system: You are a helpful assistant.
user:
Analyze the provided spectrum to determine if it is a **S-type Star**.

- **Key Indicators for S-type Star:**

    - **(Overall Spectrum Shape):** The first and most obvious characteristic is the overall continuum (the "baseline" shape). It is **extremely "red-sloping,"** meaning the flux (light intensity) is very low on the left side (blue, ~4000-4500 Å) and rises steeply and continuously toward the right side (red, ~7000 Å+).

    - **(Primary):** The spectrum is defined by the presence of strong, broad molecular absorption "valleys" (bands) from **Zirconium Oxide (ZrO)**. The identification of these bands is the **primary requirement** for classifying a star as S-type.
        - **(Key Bandheads):** You must find distinct, deep "dips" where the light has been absorbed. The most critical band systems to locate are:
            - **~6474 Å** ($\gamma$-system): This is often the strongest and clearest ZrO feature, found in the red part of the spectrum.
            - **~5718 Å** & **~5551 Å** ($\beta$-system): A pair of prominent absorption features in the yellow-orange part of the spectrum.
            - **~4640 Å** ($\alpha$-system): A key absorption band system in the blue-green region of the spectrum.

    - **(Secondary Confirmation):** The classification is strengthened by finding additional absorption bands from other related heavy element oxides, which are expected to be present alongside ZrO.
        - **(Key Bandheads):**
            - **Yttrium Oxide (YO):** Look for absorption dips near **~4800 Å** and **~6100 Å**.
            - **Lanthanum Oxide (LaO):** Additional absorption features, particularly in the red-orange part of the spectrum, are also characteristic.

    - **(Line Profile):** The combination of the steep red continuum and these numerous, deep molecular bands (ZrO, YO, etc.) gives the entire spectrum a very **"chopped-up"** or **"bumpy"** appearance. Instead of a smooth curve, the spectrum looks as though large, wide chunks of light have been "carved out" of it at the specific wavelengths listed above.

Think first, call **spectral_visualization_tool** if needed to examine features in detail, then provide your final answer. Your response must adhere to the following strict rules:
1.  **Overall Structure:** Your response must follow the format `<think>...</think> <tool_call>...</tool_call> (if a tool is used) <answer>...</answer>`.
2.  **Tool Usage Constraint:** You may only make **one** tool call per turn.
3.  **Final Answer Format:** In the `<answer>` tag, your conclusion must be inside a `\boxed{}` command (e.g., `\boxed{YES}` or `\boxed{NO}`), followed by your justification.

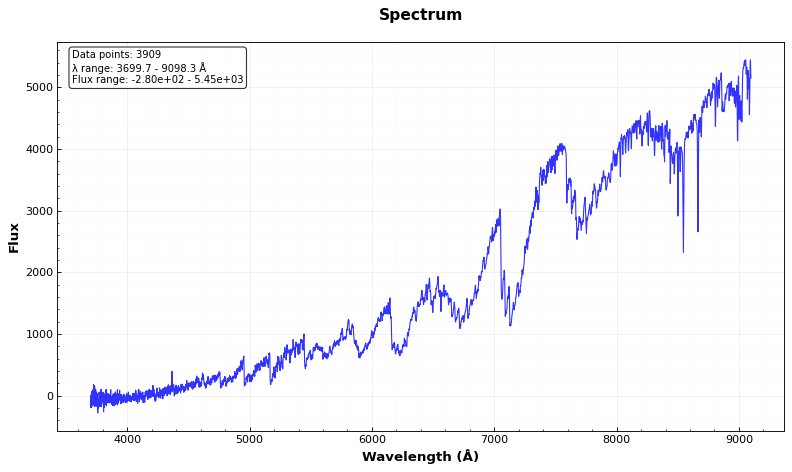
Answer: YES